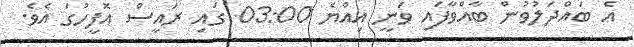
އެ ބައްދަލުވުން ބާއްވާފައި ވަނީ އިއްޔެ 03:00 ގައި ރައީސް އޮފީހުގަ އެވެ.